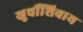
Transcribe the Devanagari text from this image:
खुर्चीशिवाय